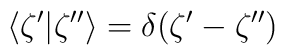
\langle  \zeta' | \zeta''\rangle=\delta(\zeta'-\zeta'')